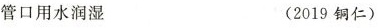
管口用水润湿 (2019铜仁)